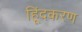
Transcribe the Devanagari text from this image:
हिूंदकरण